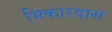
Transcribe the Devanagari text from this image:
भिकारदास